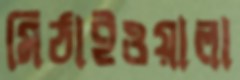
মিঠাইওয়ালা